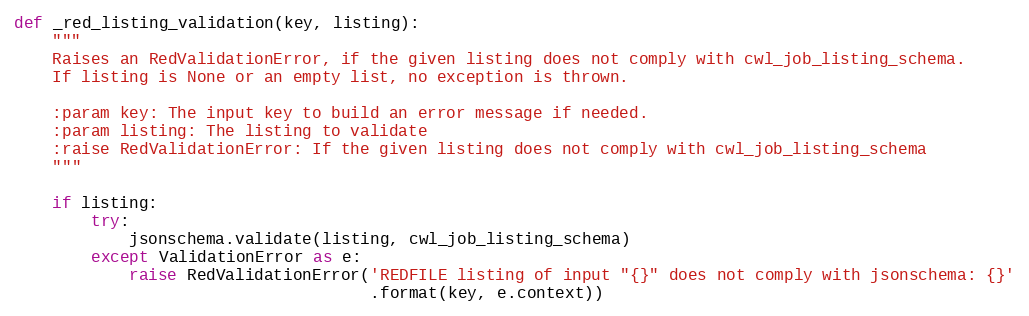
Language: Python
def _red_listing_validation(key, listing):
    """
    Raises an RedValidationError, if the given listing does not comply with cwl_job_listing_schema.
    If listing is None or an empty list, no exception is thrown.

    :param key: The input key to build an error message if needed.
    :param listing: The listing to validate
    :raise RedValidationError: If the given listing does not comply with cwl_job_listing_schema
    """

    if listing:
        try:
            jsonschema.validate(listing, cwl_job_listing_schema)
        except ValidationError as e:
            raise RedValidationError('REDFILE listing of input "{}" does not comply with jsonschema: {}'
                                     .format(key, e.context))